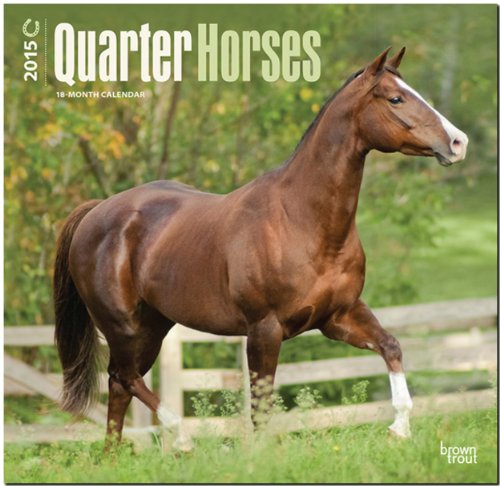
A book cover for Quarter Horses 2015 Square 12x12; BrownTrout; Calendars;